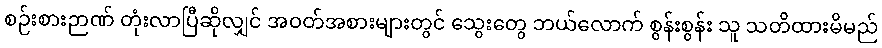
စဉ်းစားဉာဏ် တုံးလာပြီဆိုလျှင် အဝတ်အစားများတွင် သွေးတွေ ဘယ်လောက် စွန်းစွန်း သူ သတိထားမိမည်